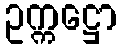
ဥက္ကဋ္ဌော